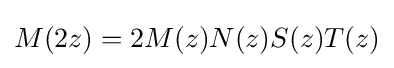
M(2z)=2M(z)N(z)S(z)T(z)